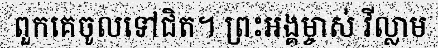
ពួកគេចូលទៅជិត។ ព្រះអង្គម្ចាស់ វីល្លាម